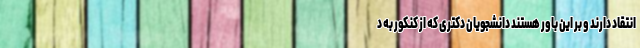
انتقاد دارند و بر این باور هستند دانشجویان دکتری که از کنکور به د